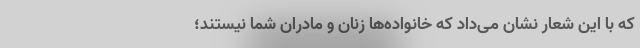
که با این شعار نشان می‌داد که خانواده‌ها زنان و مادران شما نیستند؛